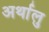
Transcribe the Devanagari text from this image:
अर्थालु